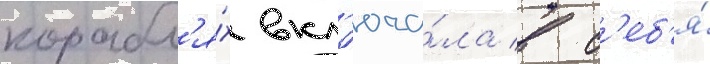
корабл'я́х вкл'юча́ла в с'еб'я́